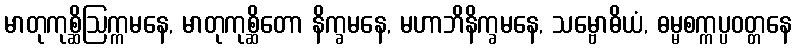
မာတုကုစ္ဆိဩက္ကမနေ, မာတုကုစ္ဆိတော နိက္ခမနေ, မဟာဘိနိက္ခမနေ, သမ္ဗောဓိယံ, ဓမ္မစက္ကပ္ပဝတ္တနေ